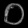
Digit: ၀